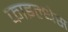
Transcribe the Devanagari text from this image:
फाइल्थैस